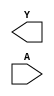
module sky130_fd_sc_hs__clkinv (
    Y,
    A
);

    output Y;
    input  A;

    // Voltage supply signals
    supply1 VPWR;
    supply0 VGND;

endmodule